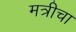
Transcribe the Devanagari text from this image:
मत्रीचा